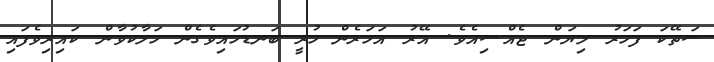
ސަތޭކަ ފަހަރު ލިޔަން ޖެއްސިއެވެ. އޭރު އަހަރެން ހުރީ ބަނޑުހައިވެގެން ހަލާކުވާން ކައިރިވެފައި